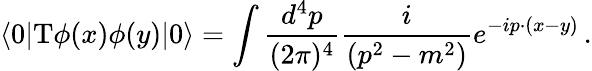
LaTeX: \langle 0|\mathrm{T}\phi(x)\phi(y)|0\rangle=\int\frac{d^{4}p}{(2\pi)^{4}}\frac{i}{(p^{2}-m^{2})}e^{-ip\cdot(x-y)}\, .